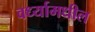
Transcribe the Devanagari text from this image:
वर्ध्यामधील